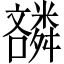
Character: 𫬪